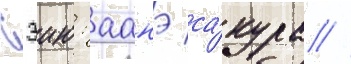
Сэию: аанэ са́кура //